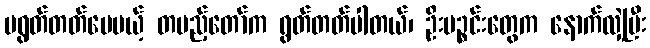
မရွတ်တတ်ပေမယ့် တပည့်တော်က ရွတ်တတ်ပါတယ်၊ ဦးပဉ္စင်းတွေက နောက်လှဲ့ပြီး